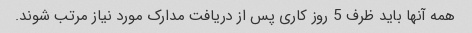
همه آنها باید ظرف 5 روز کاری پس از دریافت مدارک مورد نیاز مرتب شوند.